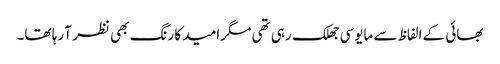
بھائی کے الفاظ سے مایوسی جھلک رہی تھی مگر امید کا رنگ بھی نظر آ رہا تھا۔